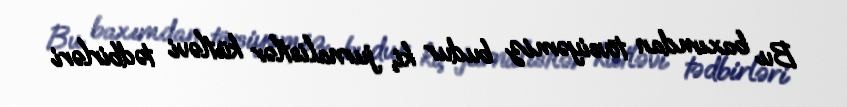
Bu baxımdan tövsiyəmiz budur ki, jurnalistlər kütləvi tədbirləri